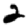
Digit: 2